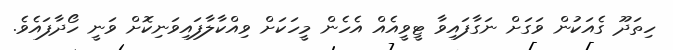
ހިތަދޫ ގެއަކުން ވަގަށް ނަގާފައިވާ ޓީވީއެއް އެހެން މީހަކަށް ވިއްކާލާފައިވަނިކޮށް ވަނީ ހޯދާފައެވެ.